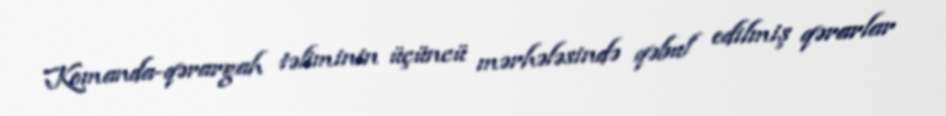
Komanda-qərargah təliminin üçüncü mərhələsində qəbul edilmiş qərarlar